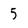
Character: 5